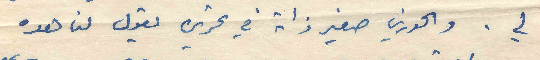
لي. والخوري صفير ذاته في تحريره يقول لنا هده